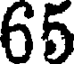
65